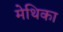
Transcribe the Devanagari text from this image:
मेथिका